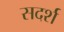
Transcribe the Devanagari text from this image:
सदर्श